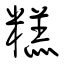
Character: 糕